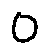
0